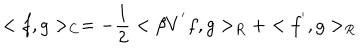
LaTeX: < f , g > _ { C } = - \frac { 1 } { 2 } < \beta V ^ { ' } f , g > _ { R } + < f ^ { ' } , g > _ { R }